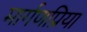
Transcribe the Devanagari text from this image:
मार्गणप्रिया